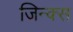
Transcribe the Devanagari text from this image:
जिन्क्स